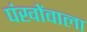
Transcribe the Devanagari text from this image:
पंखोंवाला